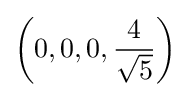
\left(0,0,0,{\frac {4}{\sqrt {5}}}\right)